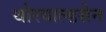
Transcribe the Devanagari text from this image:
थोरवाल्डसेन